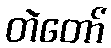
တဲတော်